Bombay plague: being a history of the progress of plague in the Bombay presidency from September 1896 to June 1899
Year: 1896
Disease focus: Plague
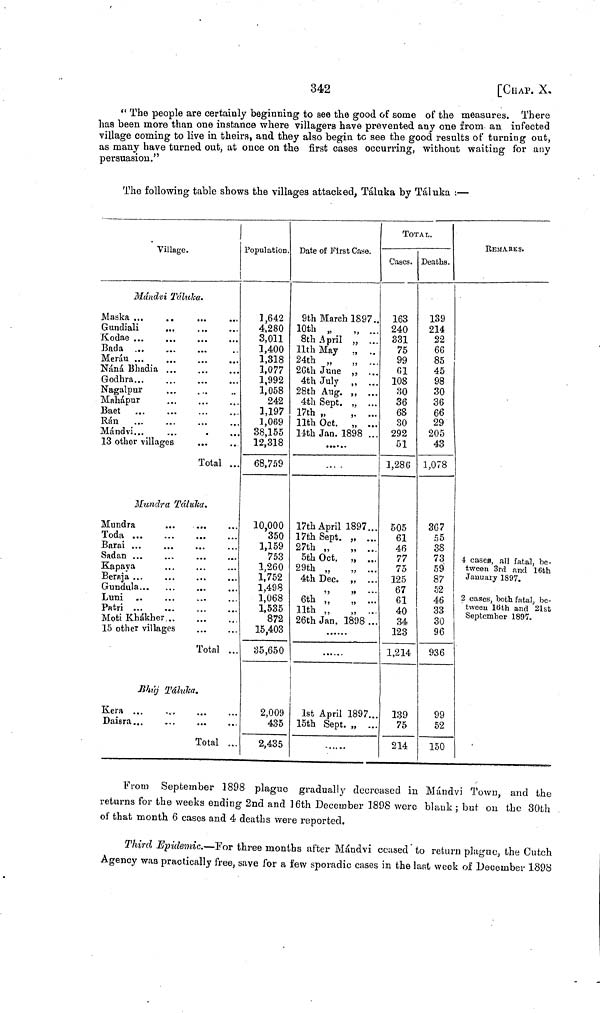
342
[CHAP. X.
" The people are certainly beginning to see the good of some of the measures. There
has been more than one instance where villagers have prevented any one from an infected
village coming to live in theirs, and they also begin to see the good results of turning out,
as many have turned out, at once on the first cases occurring, without waiting for any
persuasion."
The following table shows the villages attacked, Táluka by Táluka :—
Village.
Mándvi Táluka.
Maska ...
..
Gundiali
...
Kodae
Bada
Meráu
Náná Bhadia
Godhra
Nagalpur
Mahápur
Baet
Ran
Mándvi...
13 other villages
Total ..
Mundra Táluka.
Mundra
...
...
Toda
Barai ...
Sadan ...
Kapava
Beraja ...
Gundula
Luni
Patri
Moti Khákher
15 other villages
Total .
Mhúj Táluka.
Kera ...
Daisra...
Total ...
Population.
1,642
4,280
3,011
1,400
1,318
1,077
1,992
1,058
242
1,197
1,069
38,155
12,318
68,759
10,000
350
1,159
753
1,260
1,752
1,498
1,068
1,535
872
15,403
35,650
2,009
435
2,435
Date of First Case.
9th March 1897..
10th „ ,, ...
8th April ,, ...
11th May ,, ..
24th „ ,, ...
26th June
4th July
28th Aug.
4th Sept.
17th „
,,
...
11th Oct. ,, ...
14th Jan. 1898 ...
17th April 1897...
17th Sept. „ ...
27th „ ,, ...
5th Oct. ,, ...
29th „ ,, ...
4th Dec.
6th „ ,, ...
11th „ ,, ...
26th Jan. 1898 ..
1st April 1897...
15th Sept. „ ...
TOTAL.
Cases.
163
240
331
75
99
61
108
30
36
68
30
292
51
1,286
505
61
46
77
75
125
67
61
40
34
123
1,214
139
75
214
Deaths.
139
214
22
66
85
45
98
30
36
66
29
205
43
1,078
367
55
38
73
59
87
52
46
33
30
96
936
99
52
150
REMArKS.
4 cases, all fatal, be-
tween 3rd and 16th
January 1897.
2 cases, both fatal, be-
tweeu 16th and 21st
September 1897.
From September 1898 plague gradually decreased in Mándvi Town, and the
returns for the weeks ending 2nd and 16th December 1898 were blank ; but on the 30th
of that month 6 cases and 4 deaths were reported.
Third Epidemic.—For three months after Mándvi ceased to return plague, the Cutch
Agency was practically free, save for a few sporadic cases in the last week of December 1898